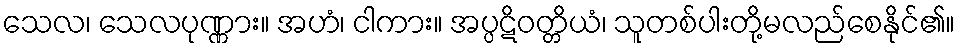
သေလ၊ သေလပုဏ္ဏား။ အဟံ၊ ငါကား။ အပ္ပဋိဝတ္တိယံ၊ သူတစ်ပါးတို့မလည်စေနိုင်၏။